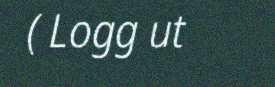
( Logg ut